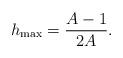
LaTeX: \begin{align*}h_{\rm max}=\frac{A-1}{2A}.\end{align*}